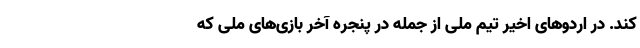
کند. در اردو‌های اخیر تیم ملی از جمله در پنجره آخر بازی‌های ملی که